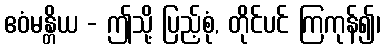
ဧဝံမန္တိယ - ဤသို့ ပြည့်စုံ, တိုင်ပင် ကြကုန်၍၊